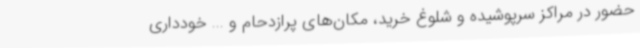
حضور در مراکز سرپوشیده و شلوغ خرید، مکان‌های پرازدحام و ... خودداری